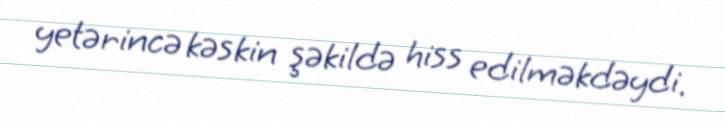
yetərincə kəskin şəkildə hiss edilməkdəydi.